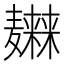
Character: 𱋭